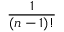
\frac { 1 } { ( n - 1 ) ! }